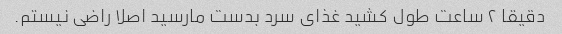
دقیقا ۲ ساعت طول کشید غذای سرد بدست مارسید اصلا راضی نیستم.